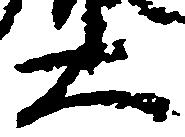
大